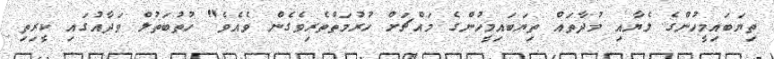
ތިޔަބައިމީހުންގެ ލެޔާއި މުދާތައް ތިޔަބައިމީހުންގެ މައްޗަށް ހުރުމަތްތެރިވެގެން ވެއެވެ" ހުތުބަތުލް ވަދާއުގައި ކީރިތި